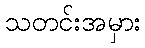
သတင်းအမှား